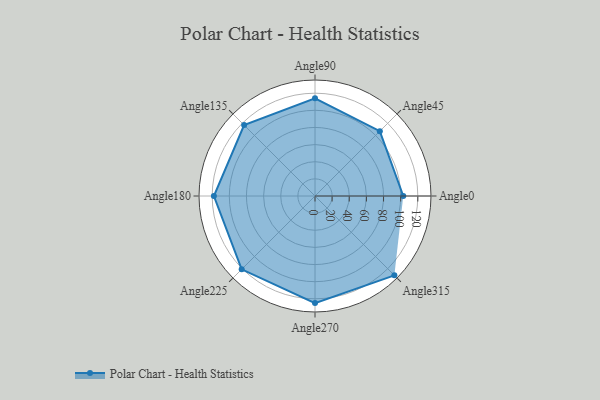
{"axis": {"x": "Angle", "y": "Radius"}, "legend": [""], "data": [{"x": "Angle0", "y": 103.0, "type": ""}, {"x": "Angle45", "y": 107.0, "type": ""}, {"x": "Angle90", "y": 114.0, "type": ""}, {"x": "Angle135", "y": 117.0, "type": ""}, {"x": "Angle180", "y": 118.0, "type": ""}, {"x": "Angle225", "y": 121.0, "type": ""}, {"x": "Angle270", "y": 125.0, "type": ""}, {"x": "Angle315", "y": 131.0, "type": ""}]}